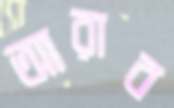
আরাব